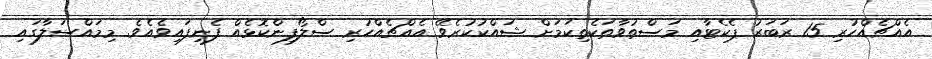
އެއްޗެއްހުރި 15 ރަބަރު ޕެކެޓާއި މަސްތުވާތަކެތިކަމަށް ޝައްކުކުރެވޭ އެއްޗެއްހުރި ސްލޯފިންކޮޅެއް ފެނިފައިވެއެވެ. މިމައްސަލާގައި